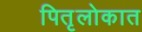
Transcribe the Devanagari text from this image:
पितृलोकात